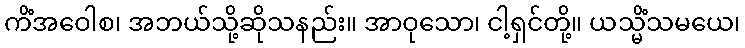
ကိံအဝေါစ၊ အဘယ်သို့ဆိုသနည်း။ အာဝုသော၊ ငါ့ရှင်တို့။ ယသ္မိံသမယေ၊